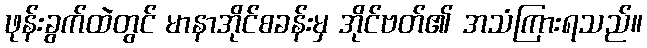
ဖုန်းခွက်ထဲတွင် မာနာအိုင်စခန်းမှ အိုင်ဗတ်၏ အသံကြားရသည်။